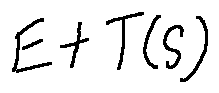
E + T ( S )